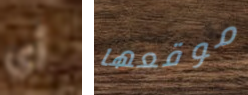
أي موقعها